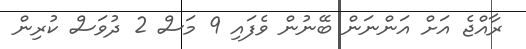
ރާއްޖެ އަށް އަންނަން ބޭނުން ވެފައި 9 މަސް 2 ދުވަސް ކުރިން